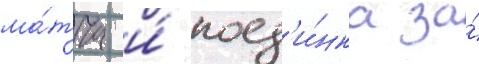
ма́тча и́ поед'и́нка за́